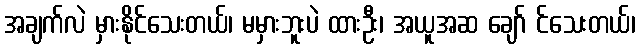
အချက်လဲ မှားနိုင်သေးတယ်၊ မမှားဘူးပဲ ထားဦး၊ အယူအဆ ချော် င်သေးတယ်၊